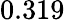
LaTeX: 0.319